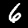
Label: 6